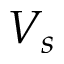
V _ { s }